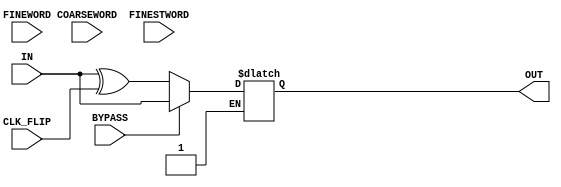
`timescale 1ns/1ps

module DigitalCore_CoarseFine_DLL(IN, COARSEWORD, FINEWORD, FINESTWORD, OUT, BYPASS, CLK_FLIP);
    
    parameter CoarseWordWidth = 4;
    parameter FineWordWidth = 3;
    parameter FinestWordWidth = 1;


    input wire IN;
    input wire CLK_FLIP;
    input wire BYPASS;
    input wire [CoarseWordWidth-1:0] COARSEWORD;
    input wire [FineWordWidth-1:0] FINEWORD;
    input wire [FinestWordWidth-1:0] FINESTWORD;
    output wire OUT;

    reg out_delayed;
    assign OUT = out_delayed;
    
    wire [CoarseWordWidth+FineWordWidth+FinestWordWidth-1:0] WORD;
    assign WORD = {COARSEWORD, FINEWORD, FINESTWORD};

    // XOR gate for clock flip
    wire IN_XORED;
    assign IN_XORED = BYPASS ? IN : IN ^ CLK_FLIP;

    always @(*) begin
        if (BYPASS) begin
            out_delayed <= #0.2 IN_XORED;
        end else if (~CLK_FLIP) begin
            case (WORD)
                8'b0000_000_0: out_delayed <= #1.945 IN_XORED;
                8'b0000_000_1: out_delayed <= #1.993 IN_XORED;
                8'b0000_001_0: out_delayed <= #2.046 IN_XORED;
                8'b0000_001_1: out_delayed <= #2.095 IN_XORED;
                8'b0000_010_0: out_delayed <= #2.149 IN_XORED;
                8'b0000_010_1: out_delayed <= #2.197 IN_XORED;
                8'b0000_011_0: out_delayed <= #2.251 IN_XORED;
                8'b0000_011_1: out_delayed <= #2.299 IN_XORED;
                8'b0000_100_0: out_delayed <= #2.358 IN_XORED;
                8'b0000_100_1: out_delayed <= #2.406 IN_XORED;
                8'b0000_101_0: out_delayed <= #2.458 IN_XORED;
                8'b0000_101_1: out_delayed <= #2.506 IN_XORED;
                8'b0000_110_0: out_delayed <= #2.562 IN_XORED;
                8'b0000_110_1: out_delayed <= #2.61 IN_XORED;
                8'b0000_111_0: out_delayed <= #2.663 IN_XORED;
                8'b0000_111_1: out_delayed <= #2.711 IN_XORED;
                8'b0001_000_0: out_delayed <= #2.745 IN_XORED;
                8'b0001_000_1: out_delayed <= #2.793 IN_XORED;
                8'b0001_001_0: out_delayed <= #2.847 IN_XORED;
                8'b0001_001_1: out_delayed <= #2.895 IN_XORED;
                8'b0001_010_0: out_delayed <= #2.949 IN_XORED;
                8'b0001_010_1: out_delayed <= #2.997 IN_XORED;
                8'b0001_011_0: out_delayed <= #3.051 IN_XORED;
                8'b0001_011_1: out_delayed <= #3.099 IN_XORED;
                8'b0001_100_0: out_delayed <= #3.158 IN_XORED;
                8'b0001_100_1: out_delayed <= #3.206 IN_XORED;
                8'b0001_101_0: out_delayed <= #3.258 IN_XORED;
                8'b0001_101_1: out_delayed <= #3.307 IN_XORED;
                8'b0001_110_0: out_delayed <= #3.362 IN_XORED;
                8'b0001_110_1: out_delayed <= #3.41 IN_XORED;
                8'b0001_111_0: out_delayed <= #3.463 IN_XORED;
                8'b0001_111_1: out_delayed <= #3.511 IN_XORED;
                8'b0010_000_0: out_delayed <= #3.545 IN_XORED;
                8'b0010_000_1: out_delayed <= #3.593 IN_XORED;
                8'b0010_001_0: out_delayed <= #3.647 IN_XORED;
                8'b0010_001_1: out_delayed <= #3.695 IN_XORED;
                8'b0010_010_0: out_delayed <= #3.75 IN_XORED;
                8'b0010_010_1: out_delayed <= #3.798 IN_XORED;
                8'b0010_011_0: out_delayed <= #3.851 IN_XORED;
                8'b0010_011_1: out_delayed <= #3.9 IN_XORED;
                8'b0010_100_0: out_delayed <= #3.958 IN_XORED;
                8'b0010_100_1: out_delayed <= #4.006 IN_XORED;
                8'b0010_101_0: out_delayed <= #4.059 IN_XORED;
                8'b0010_101_1: out_delayed <= #4.107 IN_XORED;
                8'b0010_110_0: out_delayed <= #4.162 IN_XORED;
                8'b0010_110_1: out_delayed <= #4.21 IN_XORED;
                8'b0010_111_0: out_delayed <= #4.263 IN_XORED;
                8'b0010_111_1: out_delayed <= #4.312 IN_XORED;
                8'b0011_000_0: out_delayed <= #4.345 IN_XORED;
                8'b0011_000_1: out_delayed <= #4.393 IN_XORED;
                8'b0011_001_0: out_delayed <= #4.447 IN_XORED;
                8'b0011_001_1: out_delayed <= #4.495 IN_XORED;
                8'b0011_010_0: out_delayed <= #4.55 IN_XORED;
                8'b0011_010_1: out_delayed <= #4.598 IN_XORED;
                8'b0011_011_0: out_delayed <= #4.652 IN_XORED;
                8'b0011_011_1: out_delayed <= #4.7 IN_XORED;
                8'b0011_100_0: out_delayed <= #4.758 IN_XORED;
                8'b0011_100_1: out_delayed <= #4.806 IN_XORED;
                8'b0011_101_0: out_delayed <= #4.859 IN_XORED;
                8'b0011_101_1: out_delayed <= #4.906 IN_XORED;
                8'b0011_110_0: out_delayed <= #4.962 IN_XORED;
                8'b0011_110_1: out_delayed <= #5.011 IN_XORED;
                8'b0011_111_0: out_delayed <= #5.065 IN_XORED;
                8'b0011_111_1: out_delayed <= #5.113 IN_XORED;
                8'b0100_000_0: out_delayed <= #5.147 IN_XORED;
                8'b0100_000_1: out_delayed <= #5.194 IN_XORED;
                8'b0100_001_0: out_delayed <= #5.247 IN_XORED;
                8'b0100_001_1: out_delayed <= #5.295 IN_XORED;
                8'b0100_010_0: out_delayed <= #5.35 IN_XORED;
                8'b0100_010_1: out_delayed <= #5.398 IN_XORED;
                8'b0100_011_0: out_delayed <= #5.452 IN_XORED;
                8'b0100_011_1: out_delayed <= #5.5 IN_XORED;
                8'b0100_100_0: out_delayed <= #5.559 IN_XORED;
                8'b0100_100_1: out_delayed <= #5.607 IN_XORED;
                8'b0100_101_0: out_delayed <= #5.659 IN_XORED;
                8'b0100_101_1: out_delayed <= #5.708 IN_XORED;
                8'b0100_110_0: out_delayed <= #5.763 IN_XORED;
                8'b0100_110_1: out_delayed <= #5.811 IN_XORED;
                8'b0100_111_0: out_delayed <= #5.864 IN_XORED;
                8'b0100_111_1: out_delayed <= #5.912 IN_XORED;
                8'b0101_000_0: out_delayed <= #5.953 IN_XORED;
                8'b0101_000_1: out_delayed <= #6.002 IN_XORED;
                8'b0101_001_0: out_delayed <= #6.055 IN_XORED;
                8'b0101_001_1: out_delayed <= #6.103 IN_XORED;
                8'b0101_010_0: out_delayed <= #6.158 IN_XORED;
                8'b0101_010_1: out_delayed <= #6.206 IN_XORED;
                8'b0101_011_0: out_delayed <= #6.26 IN_XORED;
                8'b0101_011_1: out_delayed <= #6.308 IN_XORED;
                8'b0101_100_0: out_delayed <= #6.366 IN_XORED;
                8'b0101_100_1: out_delayed <= #6.415 IN_XORED;
                8'b0101_101_0: out_delayed <= #6.467 IN_XORED;
                8'b0101_101_1: out_delayed <= #6.515 IN_XORED;
                8'b0101_110_0: out_delayed <= #6.571 IN_XORED;
                8'b0101_110_1: out_delayed <= #6.619 IN_XORED;
                8'b0101_111_0: out_delayed <= #6.672 IN_XORED;
                8'b0101_111_1: out_delayed <= #6.72 IN_XORED;
                8'b0110_000_0: out_delayed <= #6.752 IN_XORED;
                8'b0110_000_1: out_delayed <= #6.8 IN_XORED;
                8'b0110_001_0: out_delayed <= #6.854 IN_XORED;
                8'b0110_001_1: out_delayed <= #6.902 IN_XORED;
                8'b0110_010_0: out_delayed <= #6.957 IN_XORED;
                8'b0110_010_1: out_delayed <= #7.005 IN_XORED;
                8'b0110_011_0: out_delayed <= #7.059 IN_XORED;
                8'b0110_011_1: out_delayed <= #7.107 IN_XORED;
                8'b0110_100_0: out_delayed <= #7.166 IN_XORED;
                8'b0110_100_1: out_delayed <= #7.214 IN_XORED;
                8'b0110_101_0: out_delayed <= #7.266 IN_XORED;
                8'b0110_101_1: out_delayed <= #7.314 IN_XORED;
                8'b0110_110_0: out_delayed <= #7.37 IN_XORED;
                8'b0110_110_1: out_delayed <= #7.418 IN_XORED;
                8'b0110_111_0: out_delayed <= #7.471 IN_XORED;
                8'b0110_111_1: out_delayed <= #7.519 IN_XORED;
                8'b0111_000_0: out_delayed <= #7.56 IN_XORED;
                8'b0111_000_1: out_delayed <= #7.608 IN_XORED;
                8'b0111_001_0: out_delayed <= #7.662 IN_XORED;
                8'b0111_001_1: out_delayed <= #7.71 IN_XORED;
                8'b0111_010_0: out_delayed <= #7.765 IN_XORED;
                8'b0111_010_1: out_delayed <= #7.813 IN_XORED;
                8'b0111_011_0: out_delayed <= #7.867 IN_XORED;
                8'b0111_011_1: out_delayed <= #7.915 IN_XORED;
                8'b0111_100_0: out_delayed <= #7.973 IN_XORED;
                8'b0111_100_1: out_delayed <= #8.021 IN_XORED;
                8'b0111_101_0: out_delayed <= #8.074 IN_XORED;
                8'b0111_101_1: out_delayed <= #8.122 IN_XORED;
                8'b0111_110_0: out_delayed <= #8.177 IN_XORED;
                8'b0111_110_1: out_delayed <= #8.225 IN_XORED;
                8'b0111_111_0: out_delayed <= #8.279 IN_XORED;
                8'b0111_111_1: out_delayed <= #8.327 IN_XORED;
                8'b1000_000_0: out_delayed <= #8.337 IN_XORED;
                8'b1000_000_1: out_delayed <= #8.385 IN_XORED;
                8'b1000_001_0: out_delayed <= #8.438 IN_XORED;
                8'b1000_001_1: out_delayed <= #8.487 IN_XORED;
                8'b1000_010_0: out_delayed <= #8.541 IN_XORED;
                8'b1000_010_1: out_delayed <= #8.589 IN_XORED;
                8'b1000_011_0: out_delayed <= #8.643 IN_XORED;
                8'b1000_011_1: out_delayed <= #8.691 IN_XORED;
                8'b1000_100_0: out_delayed <= #8.75 IN_XORED;
                8'b1000_100_1: out_delayed <= #8.798 IN_XORED;
                8'b1000_101_0: out_delayed <= #8.85 IN_XORED;
                8'b1000_101_1: out_delayed <= #8.899 IN_XORED;
                8'b1000_110_0: out_delayed <= #8.954 IN_XORED;
                8'b1000_110_1: out_delayed <= #9.002 IN_XORED;
                8'b1000_111_0: out_delayed <= #9.055 IN_XORED;
                8'b1000_111_1: out_delayed <= #9.103 IN_XORED;
                8'b1001_000_0: out_delayed <= #9.146 IN_XORED;
                8'b1001_000_1: out_delayed <= #9.194 IN_XORED;
                8'b1001_001_0: out_delayed <= #9.247 IN_XORED;
                8'b1001_001_1: out_delayed <= #9.295 IN_XORED;
                8'b1001_010_0: out_delayed <= #9.35 IN_XORED;
                8'b1001_010_1: out_delayed <= #9.398 IN_XORED;
                8'b1001_011_0: out_delayed <= #9.452 IN_XORED;
                8'b1001_011_1: out_delayed <= #9.5 IN_XORED;
                8'b1001_100_0: out_delayed <= #9.559 IN_XORED;
                8'b1001_100_1: out_delayed <= #9.607 IN_XORED;
                8'b1001_101_0: out_delayed <= #9.659 IN_XORED;
                8'b1001_101_1: out_delayed <= #9.707 IN_XORED;
                8'b1001_110_0: out_delayed <= #9.763 IN_XORED;
                8'b1001_110_1: out_delayed <= #9.811 IN_XORED;
                8'b1001_111_0: out_delayed <= #9.864 IN_XORED;
                8'b1001_111_1: out_delayed <= #9.912 IN_XORED;
                8'b1010_000_0: out_delayed <= #9.936 IN_XORED;
                8'b1010_000_1: out_delayed <= #9.984 IN_XORED;
                8'b1010_001_0: out_delayed <= #10.037 IN_XORED;
                8'b1010_001_1: out_delayed <= #10.085 IN_XORED;
                8'b1010_010_0: out_delayed <= #10.14 IN_XORED;
                8'b1010_010_1: out_delayed <= #10.188 IN_XORED;
                8'b1010_011_0: out_delayed <= #10.242 IN_XORED;
                8'b1010_011_1: out_delayed <= #10.29 IN_XORED;
                8'b1010_100_0: out_delayed <= #10.349 IN_XORED;
                8'b1010_100_1: out_delayed <= #10.397 IN_XORED;
                8'b1010_101_0: out_delayed <= #10.449 IN_XORED;
                8'b1010_101_1: out_delayed <= #10.497 IN_XORED;
                8'b1010_110_0: out_delayed <= #10.553 IN_XORED;
                8'b1010_110_1: out_delayed <= #10.601 IN_XORED;
                8'b1010_111_0: out_delayed <= #10.654 IN_XORED;
                8'b1010_111_1: out_delayed <= #10.702 IN_XORED;
                8'b1011_000_0: out_delayed <= #10.745 IN_XORED;
                8'b1011_000_1: out_delayed <= #10.793 IN_XORED;
                8'b1011_001_0: out_delayed <= #10.847 IN_XORED;
                8'b1011_001_1: out_delayed <= #10.895 IN_XORED;
                8'b1011_010_0: out_delayed <= #10.949 IN_XORED;
                8'b1011_010_1: out_delayed <= #10.998 IN_XORED;
                8'b1011_011_0: out_delayed <= #11.051 IN_XORED;
                8'b1011_011_1: out_delayed <= #11.1 IN_XORED;
                8'b1011_100_0: out_delayed <= #11.158 IN_XORED;
                8'b1011_100_1: out_delayed <= #11.206 IN_XORED;
                8'b1011_101_0: out_delayed <= #11.259 IN_XORED;
                8'b1011_101_1: out_delayed <= #11.307 IN_XORED;
                8'b1011_110_0: out_delayed <= #11.362 IN_XORED;
                8'b1011_110_1: out_delayed <= #11.41 IN_XORED;
                8'b1011_111_0: out_delayed <= #11.463 IN_XORED;
                8'b1011_111_1: out_delayed <= #11.512 IN_XORED;
                8'b1100_000_0: out_delayed <= #11.527 IN_XORED;
                8'b1100_000_1: out_delayed <= #11.575 IN_XORED;
                8'b1100_001_0: out_delayed <= #11.629 IN_XORED;
                8'b1100_001_1: out_delayed <= #11.677 IN_XORED;
                8'b1100_010_0: out_delayed <= #11.732 IN_XORED;
                8'b1100_010_1: out_delayed <= #11.78 IN_XORED;
                8'b1100_011_0: out_delayed <= #11.834 IN_XORED;
                8'b1100_011_1: out_delayed <= #11.882 IN_XORED;
                8'b1100_100_0: out_delayed <= #11.94 IN_XORED;
                8'b1100_100_1: out_delayed <= #11.988 IN_XORED;
                8'b1100_101_0: out_delayed <= #12.041 IN_XORED;
                8'b1100_101_1: out_delayed <= #12.089 IN_XORED;
                8'b1100_110_0: out_delayed <= #12.144 IN_XORED;
                8'b1100_110_1: out_delayed <= #12.192 IN_XORED;
                8'b1100_111_0: out_delayed <= #12.246 IN_XORED;
                8'b1100_111_1: out_delayed <= #12.294 IN_XORED;
                8'b1101_000_0: out_delayed <= #12.341 IN_XORED;
                8'b1101_000_1: out_delayed <= #12.389 IN_XORED;
                8'b1101_001_0: out_delayed <= #12.443 IN_XORED;
                8'b1101_001_1: out_delayed <= #12.491 IN_XORED;
                8'b1101_010_0: out_delayed <= #12.546 IN_XORED;
                8'b1101_010_1: out_delayed <= #12.594 IN_XORED;
                8'b1101_011_0: out_delayed <= #12.647 IN_XORED;
                8'b1101_011_1: out_delayed <= #12.696 IN_XORED;
                8'b1101_100_0: out_delayed <= #12.754 IN_XORED;
                8'b1101_100_1: out_delayed <= #12.802 IN_XORED;
                8'b1101_101_0: out_delayed <= #12.855 IN_XORED;
                8'b1101_101_1: out_delayed <= #12.903 IN_XORED;
                8'b1101_110_0: out_delayed <= #12.958 IN_XORED;
                8'b1101_110_1: out_delayed <= #13.006 IN_XORED;
                8'b1101_111_0: out_delayed <= #13.059 IN_XORED;
                8'b1101_111_1: out_delayed <= #13.108 IN_XORED;
                8'b1110_000_0: out_delayed <= #13.127 IN_XORED;
                8'b1110_000_1: out_delayed <= #13.175 IN_XORED;
                8'b1110_001_0: out_delayed <= #13.229 IN_XORED;
                8'b1110_001_1: out_delayed <= #13.277 IN_XORED;
                8'b1110_010_0: out_delayed <= #13.331 IN_XORED;
                8'b1110_010_1: out_delayed <= #13.379 IN_XORED;
                8'b1110_011_0: out_delayed <= #13.433 IN_XORED;
                8'b1110_011_1: out_delayed <= #13.481 IN_XORED;
                8'b1110_100_0: out_delayed <= #13.54 IN_XORED;
                8'b1110_100_1: out_delayed <= #13.588 IN_XORED;
                8'b1110_101_0: out_delayed <= #13.641 IN_XORED;
                8'b1110_101_1: out_delayed <= #13.689 IN_XORED;
                8'b1110_110_0: out_delayed <= #13.744 IN_XORED;
                8'b1110_110_1: out_delayed <= #13.792 IN_XORED;
                8'b1110_111_0: out_delayed <= #13.845 IN_XORED;
                8'b1110_111_1: out_delayed <= #13.894 IN_XORED;
                8'b1111_000_0: out_delayed <= #13.941 IN_XORED;
                8'b1111_000_1: out_delayed <= #13.989 IN_XORED;
                8'b1111_001_0: out_delayed <= #14.042 IN_XORED;
                8'b1111_001_1: out_delayed <= #14.09 IN_XORED;
                8'b1111_010_0: out_delayed <= #14.145 IN_XORED;
                8'b1111_010_1: out_delayed <= #14.193 IN_XORED;
                8'b1111_011_0: out_delayed <= #14.247 IN_XORED;
                8'b1111_011_1: out_delayed <= #14.295 IN_XORED;
                8'b1111_100_0: out_delayed <= #14.354 IN_XORED;
                8'b1111_100_1: out_delayed <= #14.402 IN_XORED;
                8'b1111_101_0: out_delayed <= #14.454 IN_XORED;
                8'b1111_101_1: out_delayed <= #14.502 IN_XORED;
                8'b1111_110_0: out_delayed <= #14.558 IN_XORED;
                8'b1111_110_1: out_delayed <= #14.606 IN_XORED;
                8'b1111_111_0: out_delayed <= #14.659 IN_XORED;
                8'b1111_111_1: out_delayed <= #14.707 IN_XORED;
            endcase
        end else if (CLK_FLIP) begin
            case (WORD)
                8'b0000_000_0: out_delayed <= #1.972 IN_XORED;
                8'b0000_000_1: out_delayed <= #2.02 IN_XORED;
                8'b0000_001_0: out_delayed <= #2.073 IN_XORED;
                8'b0000_001_1: out_delayed <= #2.122 IN_XORED;
                8'b0000_010_0: out_delayed <= #2.177 IN_XORED;
                8'b0000_010_1: out_delayed <= #2.224 IN_XORED;
                8'b0000_011_0: out_delayed <= #2.278 IN_XORED;
                8'b0000_011_1: out_delayed <= #2.327 IN_XORED;
                8'b0000_100_0: out_delayed <= #2.385 IN_XORED;
                8'b0000_100_1: out_delayed <= #2.433 IN_XORED;
                8'b0000_101_0: out_delayed <= #2.486 IN_XORED;
                8'b0000_101_1: out_delayed <= #2.534 IN_XORED;
                8'b0000_110_0: out_delayed <= #2.589 IN_XORED;
                8'b0000_110_1: out_delayed <= #2.637 IN_XORED;
                8'b0000_111_0: out_delayed <= #2.691 IN_XORED;
                8'b0000_111_1: out_delayed <= #2.739 IN_XORED;
                8'b0001_000_0: out_delayed <= #2.771 IN_XORED;
                8'b0001_000_1: out_delayed <= #2.819 IN_XORED;
                8'b0001_001_0: out_delayed <= #2.872 IN_XORED;
                8'b0001_001_1: out_delayed <= #2.92 IN_XORED;
                8'b0001_010_0: out_delayed <= #2.975 IN_XORED;
                8'b0001_010_1: out_delayed <= #3.023 IN_XORED;
                8'b0001_011_0: out_delayed <= #3.077 IN_XORED;
                8'b0001_011_1: out_delayed <= #3.125 IN_XORED;
                8'b0001_100_0: out_delayed <= #3.184 IN_XORED;
                8'b0001_100_1: out_delayed <= #3.232 IN_XORED;
                8'b0001_101_0: out_delayed <= #3.284 IN_XORED;
                8'b0001_101_1: out_delayed <= #3.332 IN_XORED;
                8'b0001_110_0: out_delayed <= #3.388 IN_XORED;
                8'b0001_110_1: out_delayed <= #3.436 IN_XORED;
                8'b0001_111_0: out_delayed <= #3.489 IN_XORED;
                8'b0001_111_1: out_delayed <= #3.537 IN_XORED;
                8'b0010_000_0: out_delayed <= #3.57 IN_XORED;
                8'b0010_000_1: out_delayed <= #3.618 IN_XORED;
                8'b0010_001_0: out_delayed <= #3.671 IN_XORED;
                8'b0010_001_1: out_delayed <= #3.719 IN_XORED;
                8'b0010_010_0: out_delayed <= #3.774 IN_XORED;
                8'b0010_010_1: out_delayed <= #3.822 IN_XORED;
                8'b0010_011_0: out_delayed <= #3.876 IN_XORED;
                8'b0010_011_1: out_delayed <= #3.924 IN_XORED;
                8'b0010_100_0: out_delayed <= #3.983 IN_XORED;
                8'b0010_100_1: out_delayed <= #4.031 IN_XORED;
                8'b0010_101_0: out_delayed <= #4.083 IN_XORED;
                8'b0010_101_1: out_delayed <= #4.132 IN_XORED;
                8'b0010_110_0: out_delayed <= #4.187 IN_XORED;
                8'b0010_110_1: out_delayed <= #4.235 IN_XORED;
                8'b0010_111_0: out_delayed <= #4.288 IN_XORED;
                8'b0010_111_1: out_delayed <= #4.336 IN_XORED;
                8'b0011_000_0: out_delayed <= #4.369 IN_XORED;
                8'b0011_000_1: out_delayed <= #4.417 IN_XORED;
                8'b0011_001_0: out_delayed <= #4.471 IN_XORED;
                8'b0011_001_1: out_delayed <= #4.519 IN_XORED;
                8'b0011_010_0: out_delayed <= #4.573 IN_XORED;
                8'b0011_010_1: out_delayed <= #4.621 IN_XORED;
                8'b0011_011_0: out_delayed <= #4.675 IN_XORED;
                8'b0011_011_1: out_delayed <= #4.723 IN_XORED;
                8'b0011_100_0: out_delayed <= #4.782 IN_XORED;
                8'b0011_100_1: out_delayed <= #4.83 IN_XORED;
                8'b0011_101_0: out_delayed <= #4.883 IN_XORED;
                8'b0011_101_1: out_delayed <= #4.931 IN_XORED;
                8'b0011_110_0: out_delayed <= #4.986 IN_XORED;
                8'b0011_110_1: out_delayed <= #5.034 IN_XORED;
                8'b0011_111_0: out_delayed <= #5.087 IN_XORED;
                8'b0011_111_1: out_delayed <= #5.135 IN_XORED;
                8'b0100_000_0: out_delayed <= #5.168 IN_XORED;
                8'b0100_000_1: out_delayed <= #5.216 IN_XORED;
                8'b0100_001_0: out_delayed <= #5.27 IN_XORED;
                8'b0100_001_1: out_delayed <= #5.318 IN_XORED;
                8'b0100_010_0: out_delayed <= #5.373 IN_XORED;
                8'b0100_010_1: out_delayed <= #5.421 IN_XORED;
                8'b0100_011_0: out_delayed <= #5.475 IN_XORED;
                8'b0100_011_1: out_delayed <= #5.523 IN_XORED;
                8'b0100_100_0: out_delayed <= #5.581 IN_XORED;
                8'b0100_100_1: out_delayed <= #5.629 IN_XORED;
                8'b0100_101_0: out_delayed <= #5.682 IN_XORED;
                8'b0100_101_1: out_delayed <= #5.73 IN_XORED;
                8'b0100_110_0: out_delayed <= #5.786 IN_XORED;
                8'b0100_110_1: out_delayed <= #5.834 IN_XORED;
                8'b0100_111_0: out_delayed <= #5.887 IN_XORED;
                8'b0100_111_1: out_delayed <= #5.935 IN_XORED;
                8'b0101_000_0: out_delayed <= #5.974 IN_XORED;
                8'b0101_000_1: out_delayed <= #6.022 IN_XORED;
                8'b0101_001_0: out_delayed <= #6.075 IN_XORED;
                8'b0101_001_1: out_delayed <= #6.123 IN_XORED;
                8'b0101_010_0: out_delayed <= #6.178 IN_XORED;
                8'b0101_010_1: out_delayed <= #6.226 IN_XORED;
                8'b0101_011_0: out_delayed <= #6.28 IN_XORED;
                8'b0101_011_1: out_delayed <= #6.328 IN_XORED;
                8'b0101_100_0: out_delayed <= #6.387 IN_XORED;
                8'b0101_100_1: out_delayed <= #6.435 IN_XORED;
                8'b0101_101_0: out_delayed <= #6.488 IN_XORED;
                8'b0101_101_1: out_delayed <= #6.536 IN_XORED;
                8'b0101_110_0: out_delayed <= #6.591 IN_XORED;
                8'b0101_110_1: out_delayed <= #6.639 IN_XORED;
                8'b0101_111_0: out_delayed <= #6.692 IN_XORED;
                8'b0101_111_1: out_delayed <= #6.741 IN_XORED;
                8'b0110_000_0: out_delayed <= #6.773 IN_XORED;
                8'b0110_000_1: out_delayed <= #6.82 IN_XORED;
                8'b0110_001_0: out_delayed <= #6.874 IN_XORED;
                8'b0110_001_1: out_delayed <= #6.922 IN_XORED;
                8'b0110_010_0: out_delayed <= #6.977 IN_XORED;
                8'b0110_010_1: out_delayed <= #7.025 IN_XORED;
                8'b0110_011_0: out_delayed <= #7.079 IN_XORED;
                8'b0110_011_1: out_delayed <= #7.127 IN_XORED;
                8'b0110_100_0: out_delayed <= #7.186 IN_XORED;
                8'b0110_100_1: out_delayed <= #7.234 IN_XORED;
                8'b0110_101_0: out_delayed <= #7.286 IN_XORED;
                8'b0110_101_1: out_delayed <= #7.334 IN_XORED;
                8'b0110_110_0: out_delayed <= #7.39 IN_XORED;
                8'b0110_110_1: out_delayed <= #7.438 IN_XORED;
                8'b0110_111_0: out_delayed <= #7.491 IN_XORED;
                8'b0110_111_1: out_delayed <= #7.539 IN_XORED;
                8'b0111_000_0: out_delayed <= #7.578 IN_XORED;
                8'b0111_000_1: out_delayed <= #7.626 IN_XORED;
                8'b0111_001_0: out_delayed <= #7.68 IN_XORED;
                8'b0111_001_1: out_delayed <= #7.728 IN_XORED;
                8'b0111_010_0: out_delayed <= #7.783 IN_XORED;
                8'b0111_010_1: out_delayed <= #7.831 IN_XORED;
                8'b0111_011_0: out_delayed <= #7.885 IN_XORED;
                8'b0111_011_1: out_delayed <= #7.933 IN_XORED;
                8'b0111_100_0: out_delayed <= #7.992 IN_XORED;
                8'b0111_100_1: out_delayed <= #8.039 IN_XORED;
                8'b0111_101_0: out_delayed <= #8.092 IN_XORED;
                8'b0111_101_1: out_delayed <= #8.14 IN_XORED;
                8'b0111_110_0: out_delayed <= #8.196 IN_XORED;
                8'b0111_110_1: out_delayed <= #8.244 IN_XORED;
                8'b0111_111_0: out_delayed <= #8.297 IN_XORED;
                8'b0111_111_1: out_delayed <= #8.345 IN_XORED;
                8'b1000_000_0: out_delayed <= #8.356 IN_XORED;
                8'b1000_000_1: out_delayed <= #8.404 IN_XORED;
                8'b1000_001_0: out_delayed <= #8.458 IN_XORED;
                8'b1000_001_1: out_delayed <= #8.506 IN_XORED;
                8'b1000_010_0: out_delayed <= #8.56 IN_XORED;
                8'b1000_010_1: out_delayed <= #8.608 IN_XORED;
                8'b1000_011_0: out_delayed <= #8.662 IN_XORED;
                8'b1000_011_1: out_delayed <= #8.71 IN_XORED;
                8'b1000_100_0: out_delayed <= #8.769 IN_XORED;
                8'b1000_100_1: out_delayed <= #8.817 IN_XORED;
                8'b1000_101_0: out_delayed <= #8.87 IN_XORED;
                8'b1000_101_1: out_delayed <= #8.918 IN_XORED;
                8'b1000_110_0: out_delayed <= #8.973 IN_XORED;
                8'b1000_110_1: out_delayed <= #9.021 IN_XORED;
                8'b1000_111_0: out_delayed <= #9.074 IN_XORED;
                8'b1000_111_1: out_delayed <= #9.123 IN_XORED;
                8'b1001_000_0: out_delayed <= #9.163 IN_XORED;
                8'b1001_000_1: out_delayed <= #9.211 IN_XORED;
                8'b1001_001_0: out_delayed <= #9.265 IN_XORED;
                8'b1001_001_1: out_delayed <= #9.313 IN_XORED;
                8'b1001_010_0: out_delayed <= #9.368 IN_XORED;
                8'b1001_010_1: out_delayed <= #9.416 IN_XORED;
                8'b1001_011_0: out_delayed <= #9.47 IN_XORED;
                8'b1001_011_1: out_delayed <= #9.518 IN_XORED;
                8'b1001_100_0: out_delayed <= #9.576 IN_XORED;
                8'b1001_100_1: out_delayed <= #9.624 IN_XORED;
                8'b1001_101_0: out_delayed <= #9.677 IN_XORED;
                8'b1001_101_1: out_delayed <= #9.725 IN_XORED;
                8'b1001_110_0: out_delayed <= #9.78 IN_XORED;
                8'b1001_110_1: out_delayed <= #9.828 IN_XORED;
                8'b1001_111_0: out_delayed <= #9.882 IN_XORED;
                8'b1001_111_1: out_delayed <= #9.93 IN_XORED;
                8'b1010_000_0: out_delayed <= #9.953 IN_XORED;
                8'b1010_000_1: out_delayed <= #10.001 IN_XORED;
                8'b1010_001_0: out_delayed <= #10.054 IN_XORED;
                8'b1010_001_1: out_delayed <= #10.102 IN_XORED;
                8'b1010_010_0: out_delayed <= #10.157 IN_XORED;
                8'b1010_010_1: out_delayed <= #10.205 IN_XORED;
                8'b1010_011_0: out_delayed <= #10.259 IN_XORED;
                8'b1010_011_1: out_delayed <= #10.307 IN_XORED;
                8'b1010_100_0: out_delayed <= #10.366 IN_XORED;
                8'b1010_100_1: out_delayed <= #10.414 IN_XORED;
                8'b1010_101_0: out_delayed <= #10.466 IN_XORED;
                8'b1010_101_1: out_delayed <= #10.515 IN_XORED;
                8'b1010_110_0: out_delayed <= #10.57 IN_XORED;
                8'b1010_110_1: out_delayed <= #10.618 IN_XORED;
                8'b1010_111_0: out_delayed <= #10.671 IN_XORED;
                8'b1010_111_1: out_delayed <= #10.719 IN_XORED;
                8'b1011_000_0: out_delayed <= #10.761 IN_XORED;
                8'b1011_000_1: out_delayed <= #10.809 IN_XORED;
                8'b1011_001_0: out_delayed <= #10.863 IN_XORED;
                8'b1011_001_1: out_delayed <= #10.911 IN_XORED;
                8'b1011_010_0: out_delayed <= #10.966 IN_XORED;
                8'b1011_010_1: out_delayed <= #11.014 IN_XORED;
                8'b1011_011_0: out_delayed <= #11.068 IN_XORED;
                8'b1011_011_1: out_delayed <= #11.116 IN_XORED;
                8'b1011_100_0: out_delayed <= #11.175 IN_XORED;
                8'b1011_100_1: out_delayed <= #11.222 IN_XORED;
                8'b1011_101_0: out_delayed <= #11.275 IN_XORED;
                8'b1011_101_1: out_delayed <= #11.323 IN_XORED;
                8'b1011_110_0: out_delayed <= #11.378 IN_XORED;
                8'b1011_110_1: out_delayed <= #11.427 IN_XORED;
                8'b1011_111_0: out_delayed <= #11.48 IN_XORED;
                8'b1011_111_1: out_delayed <= #11.528 IN_XORED;
                8'b1100_000_0: out_delayed <= #11.543 IN_XORED;
                8'b1100_000_1: out_delayed <= #11.591 IN_XORED;
                8'b1100_001_0: out_delayed <= #11.645 IN_XORED;
                8'b1100_001_1: out_delayed <= #11.693 IN_XORED;
                8'b1100_010_0: out_delayed <= #11.747 IN_XORED;
                8'b1100_010_1: out_delayed <= #11.795 IN_XORED;
                8'b1100_011_0: out_delayed <= #11.849 IN_XORED;
                8'b1100_011_1: out_delayed <= #11.897 IN_XORED;
                8'b1100_100_0: out_delayed <= #11.956 IN_XORED;
                8'b1100_100_1: out_delayed <= #12.004 IN_XORED;
                8'b1100_101_0: out_delayed <= #12.057 IN_XORED;
                8'b1100_101_1: out_delayed <= #12.105 IN_XORED;
                8'b1100_110_0: out_delayed <= #12.16 IN_XORED;
                8'b1100_110_1: out_delayed <= #12.208 IN_XORED;
                8'b1100_111_0: out_delayed <= #12.261 IN_XORED;
                8'b1100_111_1: out_delayed <= #12.31 IN_XORED;
                8'b1101_000_0: out_delayed <= #12.355 IN_XORED;
                8'b1101_000_1: out_delayed <= #12.403 IN_XORED;
                8'b1101_001_0: out_delayed <= #12.456 IN_XORED;
                8'b1101_001_1: out_delayed <= #12.504 IN_XORED;
                8'b1101_010_0: out_delayed <= #12.559 IN_XORED;
                8'b1101_010_1: out_delayed <= #12.607 IN_XORED;
                8'b1101_011_0: out_delayed <= #12.661 IN_XORED;
                8'b1101_011_1: out_delayed <= #12.709 IN_XORED;
                8'b1101_100_0: out_delayed <= #12.768 IN_XORED;
                8'b1101_100_1: out_delayed <= #12.816 IN_XORED;
                8'b1101_101_0: out_delayed <= #12.868 IN_XORED;
                8'b1101_101_1: out_delayed <= #12.917 IN_XORED;
                8'b1101_110_0: out_delayed <= #12.972 IN_XORED;
                8'b1101_110_1: out_delayed <= #13.02 IN_XORED;
                8'b1101_111_0: out_delayed <= #13.073 IN_XORED;
                8'b1101_111_1: out_delayed <= #13.122 IN_XORED;
                8'b1110_000_0: out_delayed <= #13.141 IN_XORED;
                8'b1110_000_1: out_delayed <= #13.189 IN_XORED;
                8'b1110_001_0: out_delayed <= #13.242 IN_XORED;
                8'b1110_001_1: out_delayed <= #13.291 IN_XORED;
                8'b1110_010_0: out_delayed <= #13.345 IN_XORED;
                8'b1110_010_1: out_delayed <= #13.393 IN_XORED;
                8'b1110_011_0: out_delayed <= #13.447 IN_XORED;
                8'b1110_011_1: out_delayed <= #13.495 IN_XORED;
                8'b1110_100_0: out_delayed <= #13.554 IN_XORED;
                8'b1110_100_1: out_delayed <= #13.602 IN_XORED;
                8'b1110_101_0: out_delayed <= #13.655 IN_XORED;
                8'b1110_101_1: out_delayed <= #13.703 IN_XORED;
                8'b1110_110_0: out_delayed <= #13.758 IN_XORED;
                8'b1110_110_1: out_delayed <= #13.806 IN_XORED;
                8'b1110_111_0: out_delayed <= #13.859 IN_XORED;
                8'b1110_111_1: out_delayed <= #13.908 IN_XORED;
                8'b1111_000_0: out_delayed <= #13.956 IN_XORED;
                8'b1111_000_1: out_delayed <= #14.004 IN_XORED;
                8'b1111_001_0: out_delayed <= #14.058 IN_XORED;
                8'b1111_001_1: out_delayed <= #14.106 IN_XORED;
                8'b1111_010_0: out_delayed <= #14.16 IN_XORED;
                8'b1111_010_1: out_delayed <= #14.208 IN_XORED;
                8'b1111_011_0: out_delayed <= #14.262 IN_XORED;
                8'b1111_011_1: out_delayed <= #14.31 IN_XORED;
                8'b1111_100_0: out_delayed <= #14.369 IN_XORED;
                8'b1111_100_1: out_delayed <= #14.417 IN_XORED;
                8'b1111_101_0: out_delayed <= #14.47 IN_XORED;
                8'b1111_101_1: out_delayed <= #14.518 IN_XORED;
                8'b1111_110_0: out_delayed <= #14.573 IN_XORED;
                8'b1111_110_1: out_delayed <= #14.621 IN_XORED;
                8'b1111_111_0: out_delayed <= #14.675 IN_XORED;
                8'b1111_111_1: out_delayed <= #14.723 IN_XORED;
            endcase
        end
    end



    // TODO Update post-layout
    //assign #(`CoarseDelayTime*COARSEWORD+`FineDelayTime*FINEWORD) OUT = IN;

endmodule